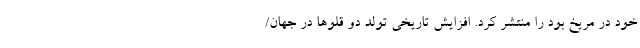
خود در مریخ بود را منتشر کرد. افزایش تاریخی تولد دو قلوها در جهان/